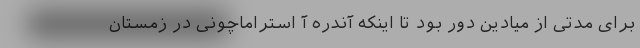
برای مدتی از میادین دور بود تا اینکه آندره آ استراماچونی در زمستان